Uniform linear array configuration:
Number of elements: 32
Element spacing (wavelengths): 0.5
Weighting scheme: hann
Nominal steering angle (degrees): -45
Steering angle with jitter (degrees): -43.0
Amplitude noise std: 0.05
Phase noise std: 0.05

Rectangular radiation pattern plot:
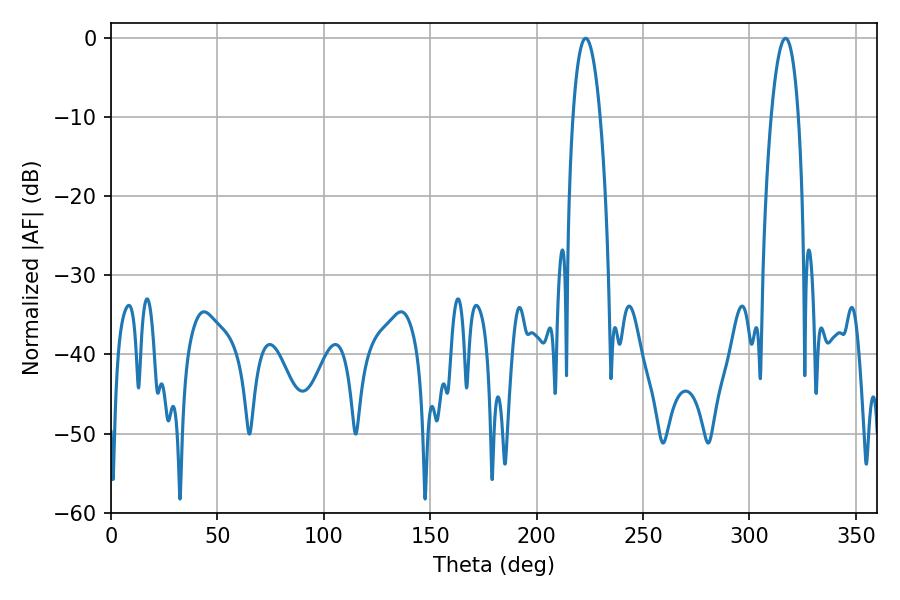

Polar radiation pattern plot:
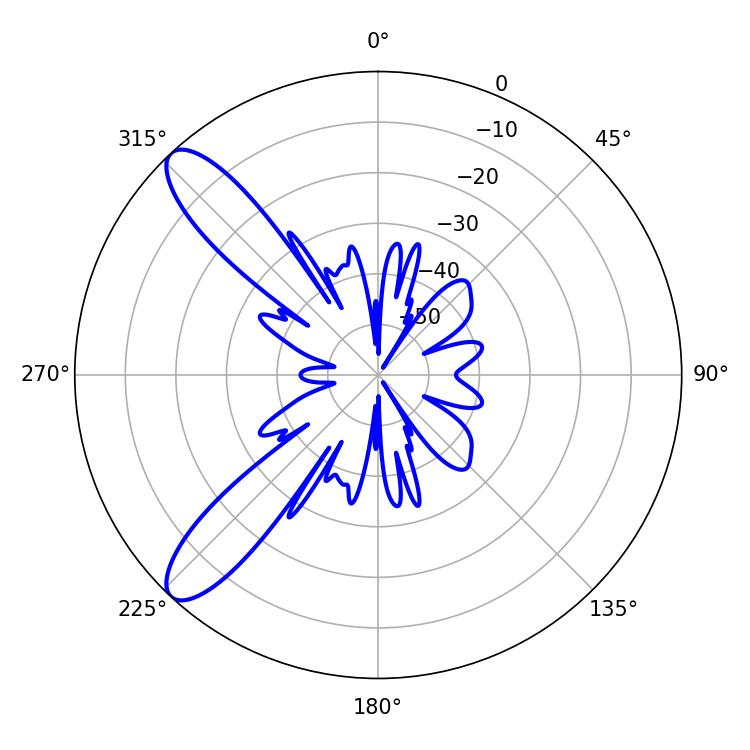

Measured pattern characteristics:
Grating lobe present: FALSE
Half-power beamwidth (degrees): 7.2
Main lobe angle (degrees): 223.02